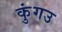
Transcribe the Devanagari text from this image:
कुंगउ